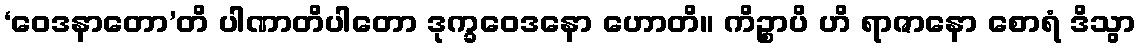
‘ဝေဒနာတော’တိ ပါဏာတိပါတော ဒုက္ခဝေဒနော ဟောတိ။ ကိဉ္စာပိ ဟိ ရာဇာနော စောရံ ဒိသွာ